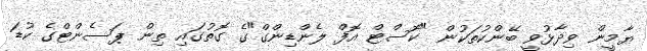
ޔާމީން ވިދާޅުވީ ބޭންކުތަކުން "ކޮސްޓް އޮފް ލެންޑިންގް"ގެ ގޮތުގައި ތިން ޕަސެންޓްގެ ކުޑަ